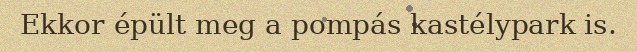
Ekkor épült meg a pompás kastélypark is.